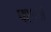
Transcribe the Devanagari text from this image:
पशूनों